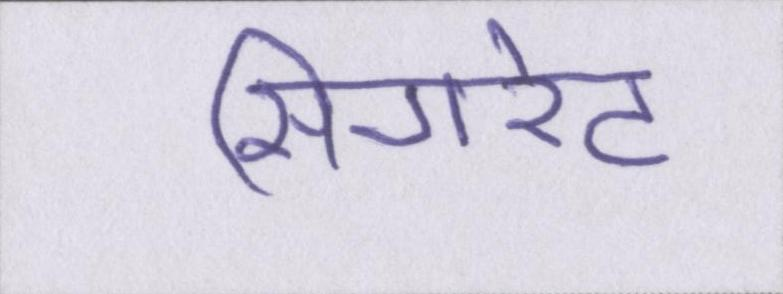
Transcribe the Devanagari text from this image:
सिगरेट